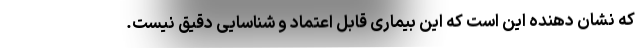
که نشان دهنده این است که این بیماری قابل اعتماد و شناسایی دقیق نیست.